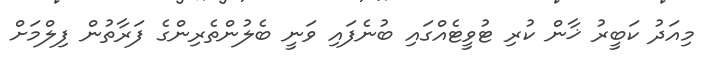
މިއަދު ކަބީރު ޚާން ކުރި ޓުވީޓެއްގައި ބުނެފައި ވަނީ ބެލުންތެރިންގެ ފަރާތުން ފިލްމަށް